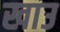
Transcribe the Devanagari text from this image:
खाउ